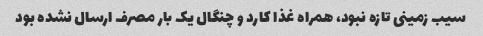
سیب زمینی تازه نبود، همراه غذا کارد و چنگال یک بار مصرف ارسال نشده بود